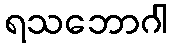
ရသဘောဂါ